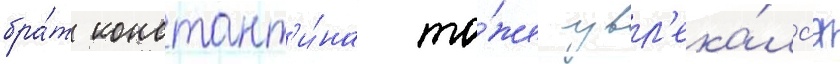
бра́т констант'и́на то́же увл'ека́лс'я